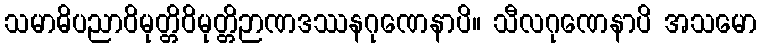
သမာဓိပညာဝိမုတ္တိဝိမုတ္တိဉာဏဒဿနဂုဏေနာပိ။ သီလဂုဏေနာပိ အသမော